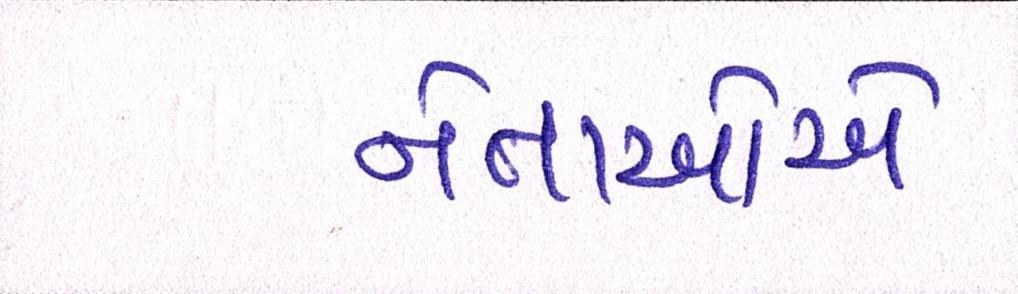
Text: નેતાઓએ